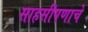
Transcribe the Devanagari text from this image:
साहसीपणाचे